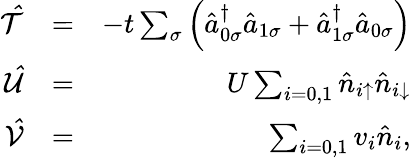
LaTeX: \begin{array}{rlr}{\mathcal{\hat{T}}}&{=}&{-t\sum_{\sigma}\left(\hat{a}_{0\sigma}^{\dagger}\hat{a}_{1\sigma}+\hat{a}_{1\sigma}^{\dagger}\hat{a}_{0\sigma}\right)}\\ {\mathcal{\hat{U}}}&{=}&{U\sum_{i=0,1}\hat{n}_{i\uparrow}\hat{n}_{i\downarrow}}\\ {\mathcal{\hat{V}}}&{=}&{\sum_{i=0,1}v_{i}\hat{n}_{i},}\end{array}